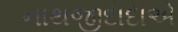
નાથજીદાદાએ